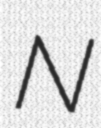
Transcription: N